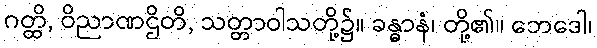
ဂတ္ထိ, ဝိညာဏဌိတိ, သတ္တာဝါသတို့၌။ ခန္ဓာနံ၊ တို့၏။ ဘေဒေါ၊